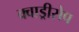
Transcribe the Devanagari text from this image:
क्वाड्रीसेप